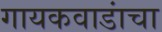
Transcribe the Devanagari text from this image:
गायकवाडांचा